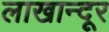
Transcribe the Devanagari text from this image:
लाखान्दूर